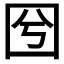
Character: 𡆽